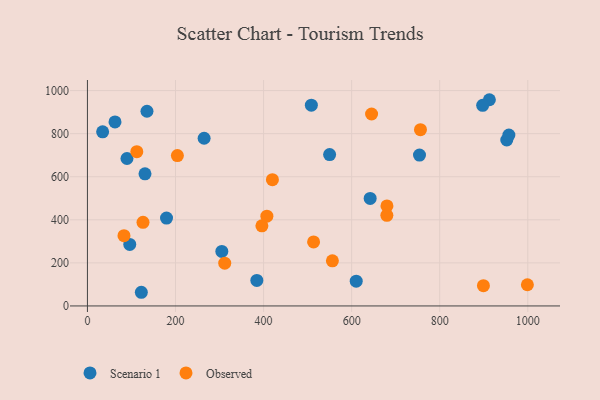
{"axis": {"x": "Price", "y": "Yield"}, "legend": ["Observed", "Scenario 1"], "data": [{"x": "96.1", "y": 285.8, "type": "Scenario 1"}, {"x": "122.4", "y": 63.5, "type": "Scenario 1"}, {"x": "642.1", "y": 499.5, "type": "Scenario 1"}, {"x": "610.4", "y": 115.0, "type": "Scenario 1"}, {"x": "305.2", "y": 253.0, "type": "Scenario 1"}, {"x": "384.7", "y": 118.4, "type": "Scenario 1"}, {"x": "34.5", "y": 808.7, "type": "Scenario 1"}, {"x": "179.6", "y": 408.1, "type": "Scenario 1"}, {"x": "952.3", "y": 770.5, "type": "Scenario 1"}, {"x": "912.8", "y": 957.6, "type": "Scenario 1"}, {"x": "550.0", "y": 702.9, "type": "Scenario 1"}, {"x": "62.6", "y": 854.3, "type": "Scenario 1"}, {"x": "754.1", "y": 700.8, "type": "Scenario 1"}, {"x": "508.5", "y": 932.4, "type": "Scenario 1"}, {"x": "89.8", "y": 684.6, "type": "Scenario 1"}, {"x": "957.1", "y": 793.6, "type": "Scenario 1"}, {"x": "265.0", "y": 778.6, "type": "Scenario 1"}, {"x": "130.7", "y": 613.4, "type": "Scenario 1"}, {"x": "135.2", "y": 904.2, "type": "Scenario 1"}, {"x": "897.6", "y": 931.4, "type": "Scenario 1"}, {"x": "420.1", "y": 586.5, "type": "Observed"}, {"x": "645.3", "y": 891.2, "type": "Observed"}, {"x": "112.1", "y": 716.2, "type": "Observed"}, {"x": "396.2", "y": 371.9, "type": "Observed"}, {"x": "83.0", "y": 326.4, "type": "Observed"}, {"x": "556.3", "y": 209.6, "type": "Observed"}, {"x": "680.2", "y": 464.6, "type": "Observed"}, {"x": "513.6", "y": 297.1, "type": "Observed"}, {"x": "407.5", "y": 416.8, "type": "Observed"}, {"x": "126.2", "y": 388.5, "type": "Observed"}, {"x": "756.3", "y": 818.3, "type": "Observed"}, {"x": "680.0", "y": 421.0, "type": "Observed"}, {"x": "999.1", "y": 98.5, "type": "Observed"}, {"x": "204.3", "y": 698.4, "type": "Observed"}, {"x": "899.3", "y": 94.1, "type": "Observed"}, {"x": "311.8", "y": 198.8, "type": "Observed"}]}